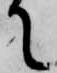
て